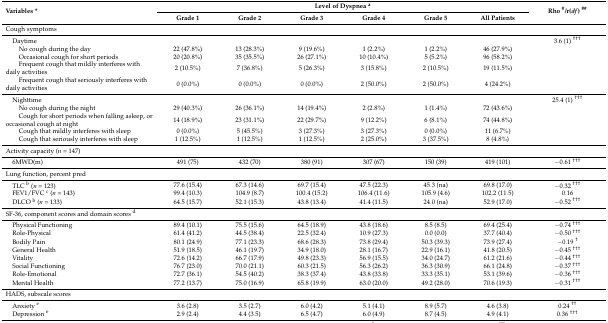
<table><thead><tr><td rowspan="2"><b>Variables *</b></td><td colspan="6"><b>Level of Dyspnea <sup>a</sup></b></td><td rowspan="2"><b>Rho <sup>#</sup>/r(<i>df</i>) <sup>##</sup></b></td></tr><tr><td><b>Grade 1</b></td><td><b>Grade 2</b></td><td><b>Grade 3</b></td><td><b>Grade 4</b></td><td><b>Grade 5</b></td><td><b>All Patients</b></td></tr></thead><tbody><tr><td colspan="8">Cough symptoms</td></tr><tr><td colspan="7"> Daytime</td><td>3.6 (1) <sup>†††</sup></td></tr><tr><td>No cough during the day</td><td>22 (47.8%)</td><td>13 (28.3%)</td><td>9 (19.6%)</td><td>1 (2.2%)</td><td>1 (2.2%)</td><td>46 (27.9%)</td><td></td></tr><tr><td>Occasional cough for short periods</td><td>20 (20.8%)</td><td>35 (35.5%)</td><td>26 (27.1%)</td><td>10 (10.4%)</td><td>5 (5.2%)</td><td>96 (58.2%)</td><td></td></tr><tr><td>Frequent cough that mildly interferes with daily activities</td><td>2 (10.5%)</td><td>7 (36.8%)</td><td>5 (26.3%)</td><td>3 (15.8%)</td><td>2 (10.5%)</td><td>19 (11.5%)</td><td></td></tr><tr><td>Frequent cough that seriously interferes with daily activities</td><td>0 (0.0%)</td><td>0 (0.0%)</td><td>0 (0.0%)</td><td>2 (50.0%)</td><td>2 (50.0%)</td><td>4 (24.2%)</td><td></td></tr><tr><td colspan="7"> Nighttime</td><td>25.4 (1) <sup>†††</sup></td></tr><tr><td>No cough during the night</td><td>29 (40.3%)</td><td>26 (36.1%)</td><td>14 (19.4%)</td><td>2 (2.8%)</td><td>1 (1.4%)</td><td>72 (43.6%)</td><td></td></tr><tr><td>Cough for short periods when falling asleep, or occasional cough at night</td><td>14 (18.9%)</td><td>23 (31.1%)</td><td>22 (29.7%)</td><td>9 (12.2%)</td><td>6 (8.1%)</td><td>74 (44.8%)</td><td></td></tr><tr><td>Cough that mildly interferes with sleep</td><td>0 (0.0%)</td><td>5 (45.5%)</td><td>3 (27.3%)</td><td>3 (27.3%)</td><td>0 (0.0%)</td><td>11 (6.7%)</td><td></td></tr><tr><td>Cough that seriously interferes with sleep</td><td>1 (12.5%)</td><td>1 (12.5%)</td><td>1 (12.5%)</td><td>2 (25.0%)</td><td>3 (37.5%)</td><td>8 (4.8%)</td><td></td></tr><tr><td colspan="8">Activity capacity (<i>n</i> = 147)</td></tr><tr><td> 6MWD(m)</td><td>491 (75)</td><td>432 (70)</td><td>380 (91)</td><td>307 (67)</td><td>150 (39)</td><td>419 (101)</td><td>−0.61 <sup>†††</sup></td></tr><tr><td colspan="8">Lung function, percent pred</td></tr><tr><td> TLC <sup>b</sup> (<i>n</i> = 123)</td><td>77.6 (15.4)</td><td>67.3 (14.6)</td><td>69.7 (15.4)</td><td>47.5 (22.3)</td><td>45.3 (na)</td><td>69.8 (17.0)</td><td>−0.32 <sup>†††</sup></td></tr><tr><td> FEV1/FVC <sup>c</sup> (<i>n</i> = 143)</td><td>99.4 (10.3)</td><td>104.9 (8.7)</td><td>100.4 (15.2)</td><td>106.4 (11.6)</td><td>105.9 (4.6)</td><td>102.2 (11.5)</td><td>0.16</td></tr><tr><td> DLCO <sup>b</sup> (<i>n</i> = 133)</td><td>64.5 (15.7)</td><td>52.1 (15.3)</td><td>43.8 (13.4)</td><td>41.4 (11.5)</td><td>24.0 (na)</td><td>52.9 (17.0)</td><td>−0.52 <sup>†††</sup></td></tr><tr><td colspan="8">SF-36, component scores and domain scores <sup>d</sup></td></tr><tr><td> Physical Functioning</td><td>89.4 (10.1)</td><td>75.5 (15.6)</td><td>64.5 (18.9)</td><td>43.8 (18.6)</td><td>8.5 (8.5)</td><td>69.4 (25.4)</td><td>−0.74 <sup>†††</sup></td></tr><tr><td> Role-Physical</td><td>61.4 (41.2)</td><td>44.5 (38.4)</td><td>22.5 (32.4)</td><td>10.9 (27.3)</td><td>0.0 (0.0)</td><td>37.7 (40.4)</td><td>−0.50 <sup>†††</sup></td></tr><tr><td> Bodily Pain</td><td>80.1 (24.9)</td><td>77.1 (23.3)</td><td>68.6 (28.3)</td><td>73.8 (29.4)</td><td>50.3 (39.3)</td><td>73.9 (27.4)</td><td>−0.19 <sup>†</sup></td></tr><tr><td> General Health</td><td>51.9 (18.5)</td><td>46.1 (19.7)</td><td>34.9 (18.0)</td><td>28.1 (16.7)</td><td>22.9 (16.1)</td><td>41.8 (20.5)</td><td>−0.45 <sup>†††</sup></td></tr><tr><td> Vitality</td><td>72.6 (14.2)</td><td>66.7 (17.9)</td><td>49.8 (23.3)</td><td>56.9 (15.5)</td><td>34.0 (24.7)</td><td>61.2 (21.6)</td><td>−0.44 <sup>†††</sup></td></tr><tr><td> Social Functioning</td><td>76.7 (23.0)</td><td>70.0 (21.1)</td><td>60.3 (21.5)</td><td>56.3 (26.2)</td><td>36.3 (30.9)</td><td>66.1 (24.8)</td><td>−0.37 <sup>†††</sup></td></tr><tr><td> Role-Emotional</td><td>72.7 (36.1)</td><td>54.5 (40.2)</td><td>38.3 (37.4)</td><td>43.8 (33.8)</td><td>33.3 (35.1)</td><td>53.1 (39.6)</td><td>−0.36 <sup>†††</sup></td></tr><tr><td> Mental Health</td><td>77.2 (13.7)</td><td>75.0 (16.9)</td><td>65.8 (19.9)</td><td>63.0 (20.0)</td><td>49.2 (28.0)</td><td>70.6 (19.3)</td><td>−0.31 <sup>†††</sup></td></tr><tr><td colspan="8">HADS, subscale scores</td></tr><tr><td> Anxiety <sup>e</sup></td><td>3.6 (2.8)</td><td>3.5 (2.7)</td><td>6.0 (4.2)</td><td>5.1 (4.1)</td><td>8.9 (5.7)</td><td>4.6 (3.8)</td><td>0.24 <sup>††</sup></td></tr><tr><td> Depression <sup>e</sup></td><td>2.9 (2.4)</td><td>4.4 (3.5)</td><td>6.5 (4.7)</td><td>6.0 (4.9)</td><td>8.7 (4.5)</td><td>4.9 (4.1)</td><td>0.36 <sup>†††</sup></td></tr></tbody></table>